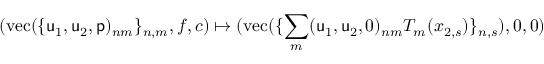
( \mathrm { v e c } ( \{ \mathsf { u } _ { 1 } , \mathsf { u } _ { 2 } , \mathsf { p } ) _ { n m } \} _ { n , m } , f , c ) \mapsto ( \mathrm { v e c } ( \{ \sum _ { m } ( \mathsf { u } _ { 1 } , \mathsf { u } _ { 2 } , 0 ) _ { n m } T _ { m } ( x _ { 2 , s } ) \} _ { n , s } ) , 0 , 0 )